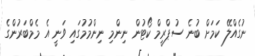
ނުގެއްލޭ ކަމަށް ބުނެ ސުޕްރީމް ކޯޓުން ނިންމި ނިންމުމުގައި ވަނީ އެ މެމްބަރުންގެ